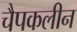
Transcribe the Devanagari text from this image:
चैपकलीन